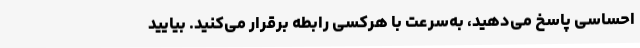
احساسی پاسخ می‌دهید، به‌سرعت با هرکسی رابطه برقرار می‌کنید. بیایید